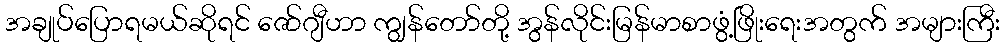
အချုပ်ပြောရမယ်ဆိုရင် ဇော်ဂျီဟာ ကျွန်တော်တို့ အွန်လိုင်းမြန်မာစာဖွံ့ဖြိုးရေးအတွက် အများကြီး